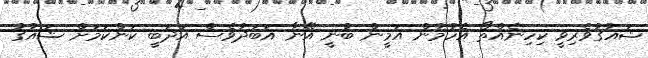
ޝައުގުވެރިވީ ކިހިނެއްތޯ އެހުމުން އަމީން ބުނީ އޭނާ އަބަދުވެސް އަދަބީ ކަންކަމަށް ޝައުގު